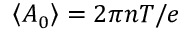
\left\langle A _ { 0 } \right\rangle = { 2 \pi n T } / { e }